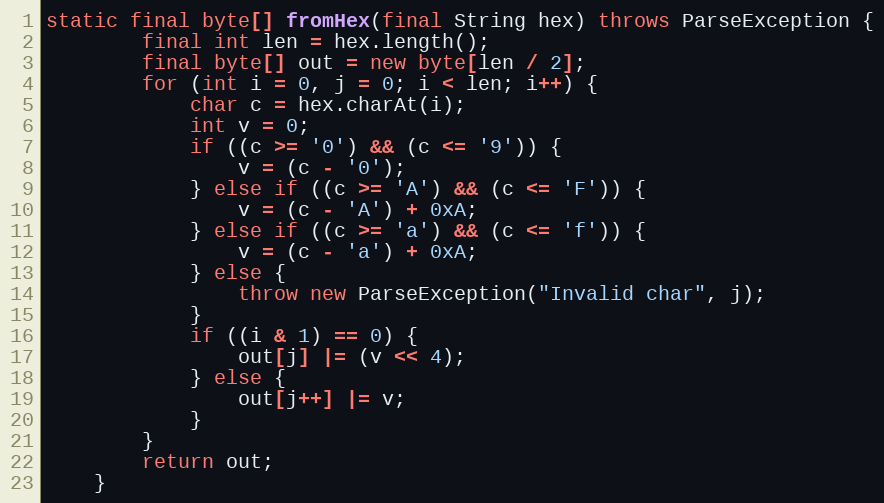
Language: Java
static final byte[] fromHex(final String hex) throws ParseException {
		final int len = hex.length();
		final byte[] out = new byte[len / 2];
		for (int i = 0, j = 0; i < len; i++) {
			char c = hex.charAt(i);
			int v = 0;
			if ((c >= '0') && (c <= '9')) {
				v = (c - '0');
			} else if ((c >= 'A') && (c <= 'F')) {
				v = (c - 'A') + 0xA;
			} else if ((c >= 'a') && (c <= 'f')) {
				v = (c - 'a') + 0xA;
			} else {
				throw new ParseException("Invalid char", j);
			}
			if ((i & 1) == 0) {
				out[j] |= (v << 4);
			} else {
				out[j++] |= v;
			}
		}
		return out;
	}